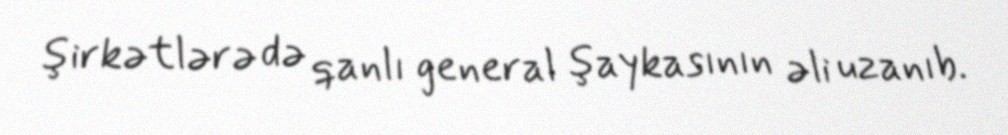
şirkətlərə də qanlı general şaykasının əli uzanıb.